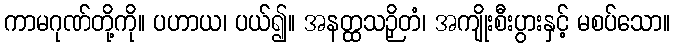
ကာမဂုဏ်တို့ကို။ ပဟာယ၊ ပယ်၍။ အနတ္ထသဉှိတံ၊ အကျိုးစီးပွားနှင့် မစပ်သော။